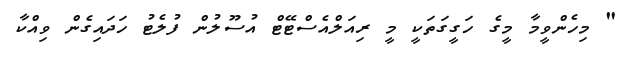
" މިހެންވީމާ މީގެ ހަގީގަތަކީ މީ ރިއަލްއެސްޓޭޓް އުސޫލުން ފުލެޓު ހަދައިގެން ވިއްކާ